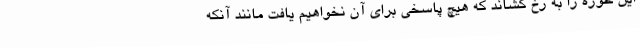
این حوزه را به رخ کشاند که هیچ پاسخی برای آن نخواهیم یافت مانند آنکه